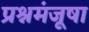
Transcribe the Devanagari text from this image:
प्रश्नमंजूषा